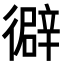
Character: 𢕾